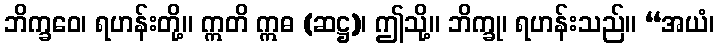
ဘိက္ခဝေ၊ ရဟန်းတို့။ ဣတိ ဣဓ (ဆဋ္ဌ)၊ ဤသို့။ ဘိက္ခု၊ ရဟန်းသည်။ “အယံ၊